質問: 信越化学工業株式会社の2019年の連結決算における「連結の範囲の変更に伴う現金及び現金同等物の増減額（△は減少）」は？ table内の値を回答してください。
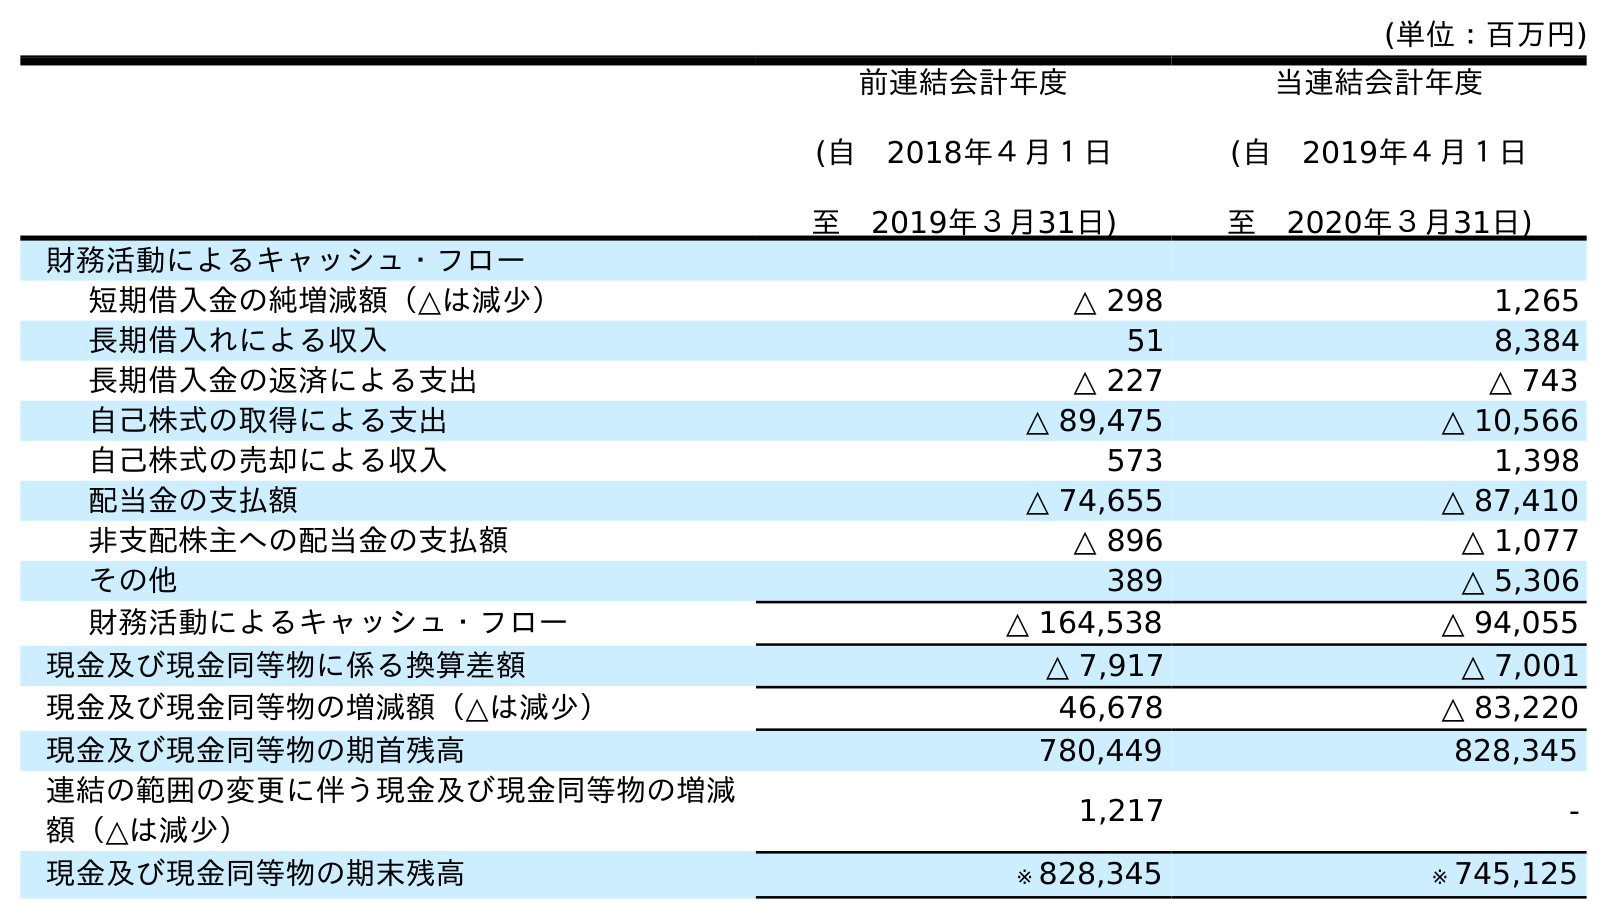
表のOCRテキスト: (単位：百万円) 前連結会計年度 (自 2018年４月１日 至 2019年３月31日) 当連結会計年度 (自 2019年４月１日 至 2020年３月31日) 財務活動によるキャッシュ・フロー 短期借入金の純増減額（△は減少） △ 298 1,265 長期借入れによる収入 51 8,384 長期借入金の返済による支出 △ 227 △ 743 自己株式の取得による支出 △ 89,475 △ 10,566 自己株式の売却による収入 573 1,398 配当金の支払額 △ 74,655 △ 87,410 非支配株主への配当金の支払額 △ 896 △ 1,077 その他 389 △ 5,306 財務活動によるキャッシュ・フロー △ 164,538 △ 94,055 現金及び現金同等物に係る換算差額 △ 7,917 △ 7,001 現金及び現金同等物の増減額（△は減少） 46,678 △ 83,220 現金及び現金同等物の期首残高 780,449 828,345 連結の範囲の変更に伴う現金及び現金同等物の増減 額（△は減少） 1,217 - 現金及び現金同等物の期末残高 ※ 828,345 ※ 745,125
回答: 1,217